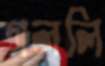
গললি